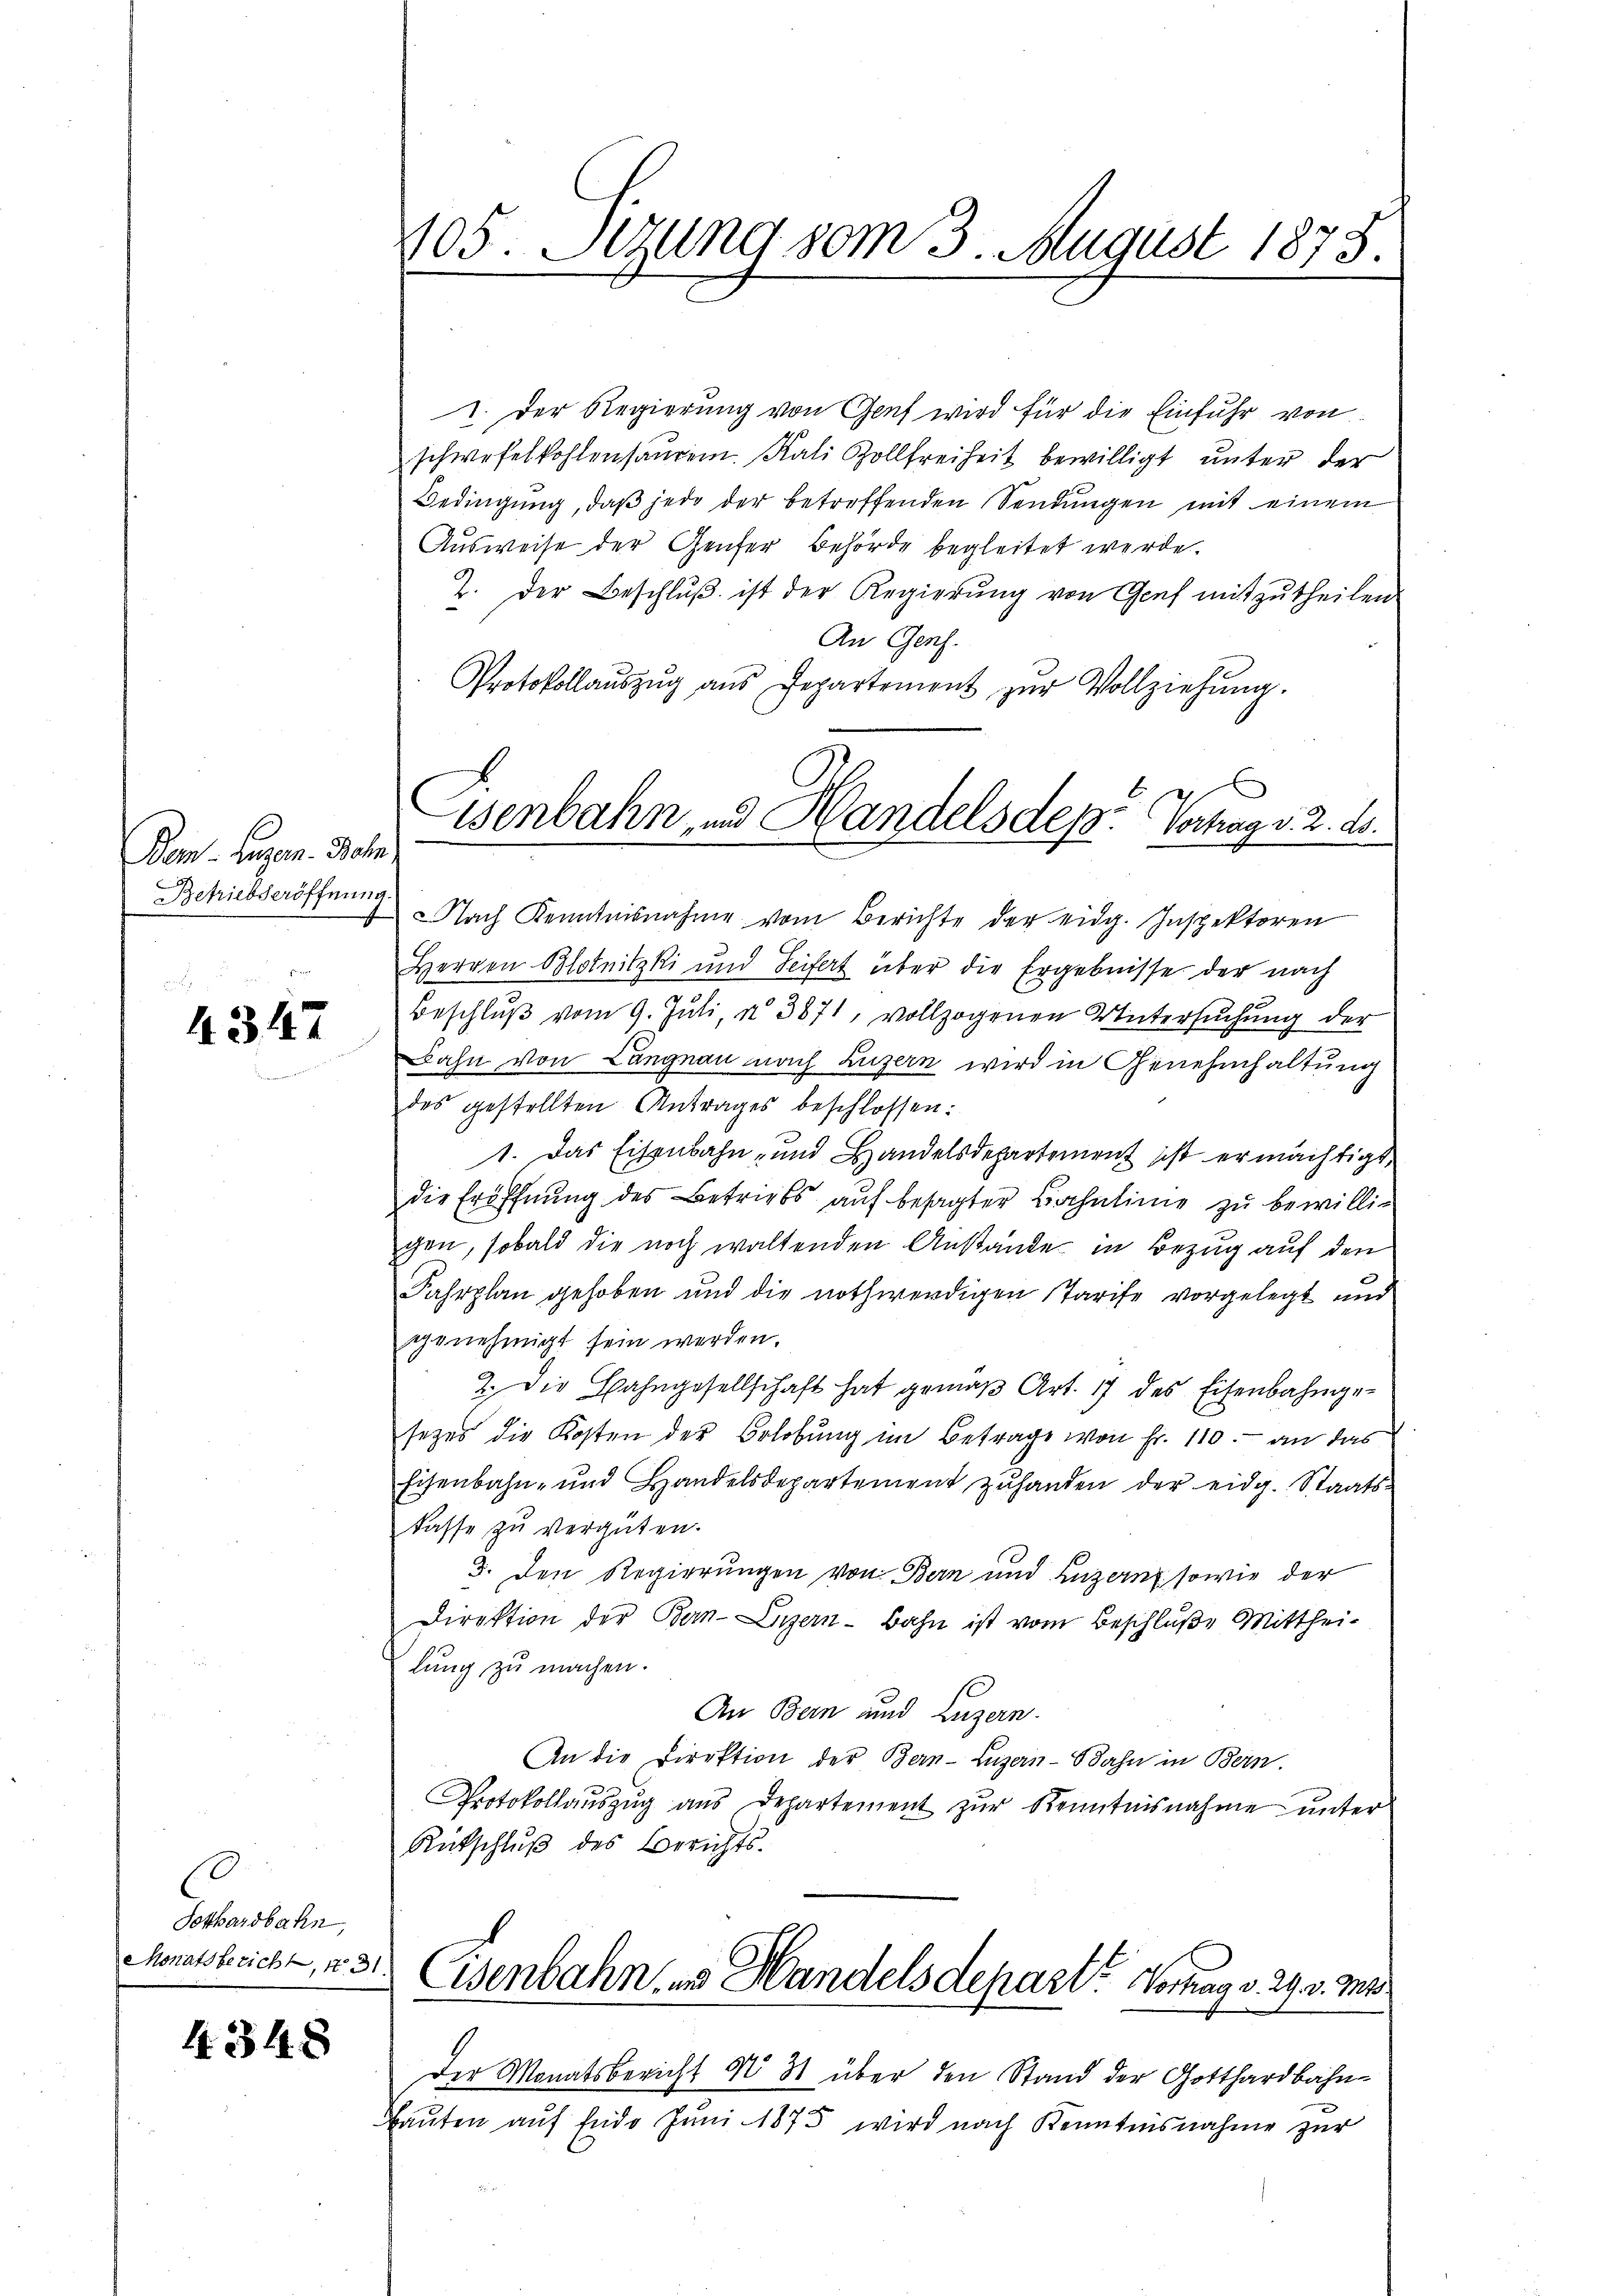
Dam. Eugen. Beh
Betriebseröffnung

4347

0
Sothardbahn,
Monatsbericht, Nr. 31.

4348

105. Sezung vom 3. August 1875.

1. Der Regierung von Genf wird für die Einfuhr von
schwefelkohlensauren. Kali Zollfreiheit bewilligt unter der
Bedingung, daß jede der betreffenden Sendungen mit einem
Ausweise der Genfer Behörde begleitet werde.
2. Der Beschluß ist der Regierung von Genf mitzutheilen
An Genf.
Protokollaŭszŭg aŭs Departement zŭr Vollziehŭng.
Nach Kenntnisnahme vom Berichte der eidg. Inspektoren
Herren Blotnitzki und Seifert über die Ergebnisse der nach
Beschlŭβ vom 9. Jŭli a 3871, vollzogenen Untersŭchŭng der
Bahn von Langnau nach Luzern wird in Genehmhaltung
des gestellten Antrages beschlossen:
1. Das Eisenbahn- und Handelsdepartement ist ermächtigt,
die Eröffnung des Betriebs auf besagter Bahnlinie zu bewillig
chen, sobald die noch waltenden Anstände in Bezug auf den
Fahrplan gehoben und die nothwendigen Tarife vorgelegt und
genehmigt sein werden.
2. Die Bahngesellschaft hat gemäβ Art. 17 des Eisenbahngesezes die Kosten der Belobung im Betrage von Fr. 110.- an das
Eisenbahn- und Handelsdepartement zŭhanden der eidg. Staats-
kasse zu vergüten.
3. Den Regierungen von Bern und Luzern sowie der
Direktion der Bern-Luzern - Bahn ist vom Beschluße Mittheilung zu machen.
An Bern und Luzern.
An die Direktion der Bern-Luzern-Bahn in Bern.
Protokollauszug aus Departement zur Kenntnisnahme unter
Rütschlŭβ des Berichts.
Eisenbahn uns Handelsdepart. Vortrag v. 29. v. Mts
Der Monatsbericht § 3 über den Stand der Gotthardbahn¬
Baŭten auf Ende Juni 1875 wird nach Kenntnisnahme zur

Wenbahn und Handelsdep. Vertrag v. 2. ds.